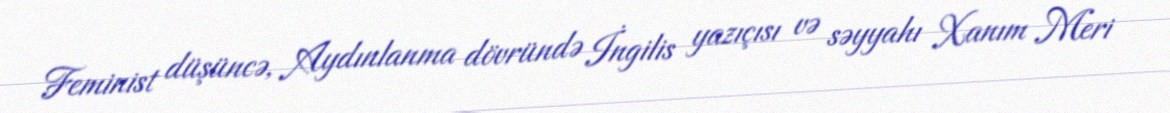
Feminist düşüncə, Aydınlanma dövründə İngilis yazıçısı və səyyahı Xanım Meri